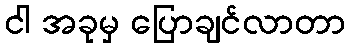
ငါ အခုမှ ပြောချင်လာတာ